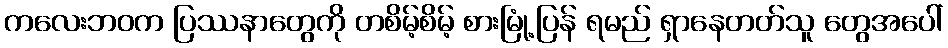
ကလေးဘဝက ပြဿနာတွေကို တစိမ့်စိမ့် စားမြုံ့ပြန် ရမည် ရှာနေတတ်သူ တွေအပေါ်